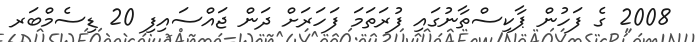
2008 ގެ ފަހުން ޕާކިސްތާނުގައި ފުރަތަމަ ފަހަރަށް ދަން ޖައްސައިފި 20 ޑިސެމްބަރ